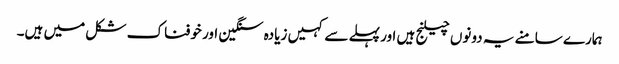
ہمارے سامنے یہ دونوں چیلنج ہیں اور پہلے سے کہیں زیادہ سنگین اور خوفناک شکل میں ہیں۔